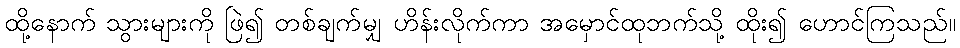
ထို့နောက် သွားများကို ဖြဲ၍ တစ်ချက်မျှ ဟိန်းလိုက်ကာ အမှောင်ထုဘက်သို့ ထိုး၍ ဟောင်ကြသည်။